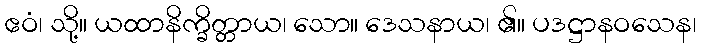
ဧဝံ၊ သို့။ ယထာနိက္ခိတ္တာယ၊ သော။ ဒေသနာယ၊ ၏။ ပဒဋ္ဌာနဝသေန၊